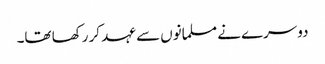
دوسرے نے مسلمانوں سے عہد کر رکھا تھا۔